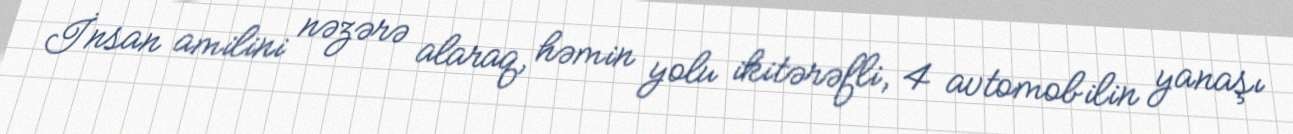
İnsan amilini nəzərə alaraq, həmin yolu ikitərəfli, 4 avtomobilin yanaşı